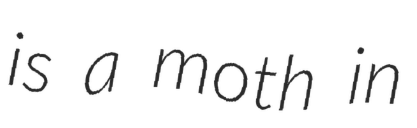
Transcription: is a moth in